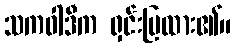
သကဝါဒီက ရှင်းပြထား၏။